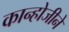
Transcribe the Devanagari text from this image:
कान्होजीने